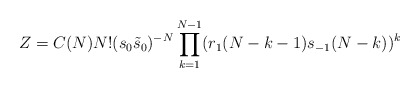
\begin{align*}Z = C(N) N! (s_0 {\tilde{s}}_0)^{-N} \prod_{k=1}^{N-1}(r_{1}(N-k-1)s_{-1}(N-k))^{k}\end{align*}